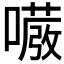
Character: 𭋇